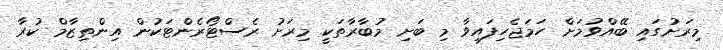
މިރަށުގައި ބޭއްވުމަށް ހަމަޖެހިފައިވާ މި ބަށި މުބާރާތަކީ މިރަށު ރެސްޓޯރެންޓަކުން އިންތިޒާމް ކުރާ